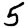
Digit: 5